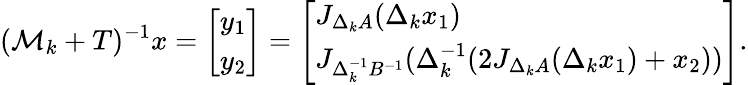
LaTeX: (\mathcal M_{k}+T)^{-1}x=\left[\begin{array}{l}{y_{1}}\\ {y_{2}}\end{array}\right]=\left[\begin{array}{l}{J_{\Delta_{k}A}(\Delta_{k}x_{1})}\\ {J_{\Delta_{k}^{-1}B^{-1}}(\Delta_{k}^{-1}(2J_{\Delta_{k}A}(\Delta_{k}x_{1})+x_{2}))}\end{array}\right].